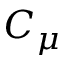
C _ { \mu }